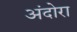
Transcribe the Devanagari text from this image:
अंदोरा